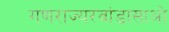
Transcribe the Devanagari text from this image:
गणराज्यरवांडासाओ